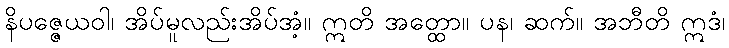
နိပဇ္ဇေယဝါ၊ အိပ်မူလည်းအိပ်အံ့။ ဣတိ အတ္ထော။ ပန၊ ဆက်။ အဘီတိ ဣဒံ၊